Civil Veterinary Department Bihar reports 1940-50 - 1940-1950
Year: 1940
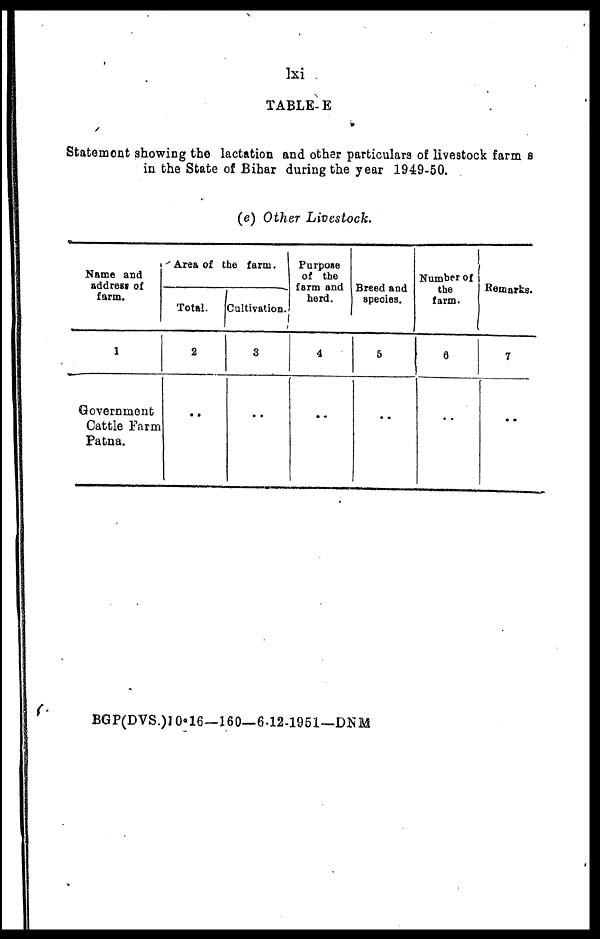
lxi
TABLE- E
Statement showing the lactation and other particulars of livestock farm s
in the State of Bihar during the year 1949-50.
(e) Other Livestock.
Name and
address of
farm.
1
Government
Cattle Farm
Patna.
Area of the farm.
Total.
2
..
Cultivation.
3
..
Purpose
of the
farm and
herd.
4
..
Breed and
species.
5
..
Number of
the
farm.
6
..
Remarks.
7
..
BGP(DVS.)10.16—160—6.12-1951—DNM